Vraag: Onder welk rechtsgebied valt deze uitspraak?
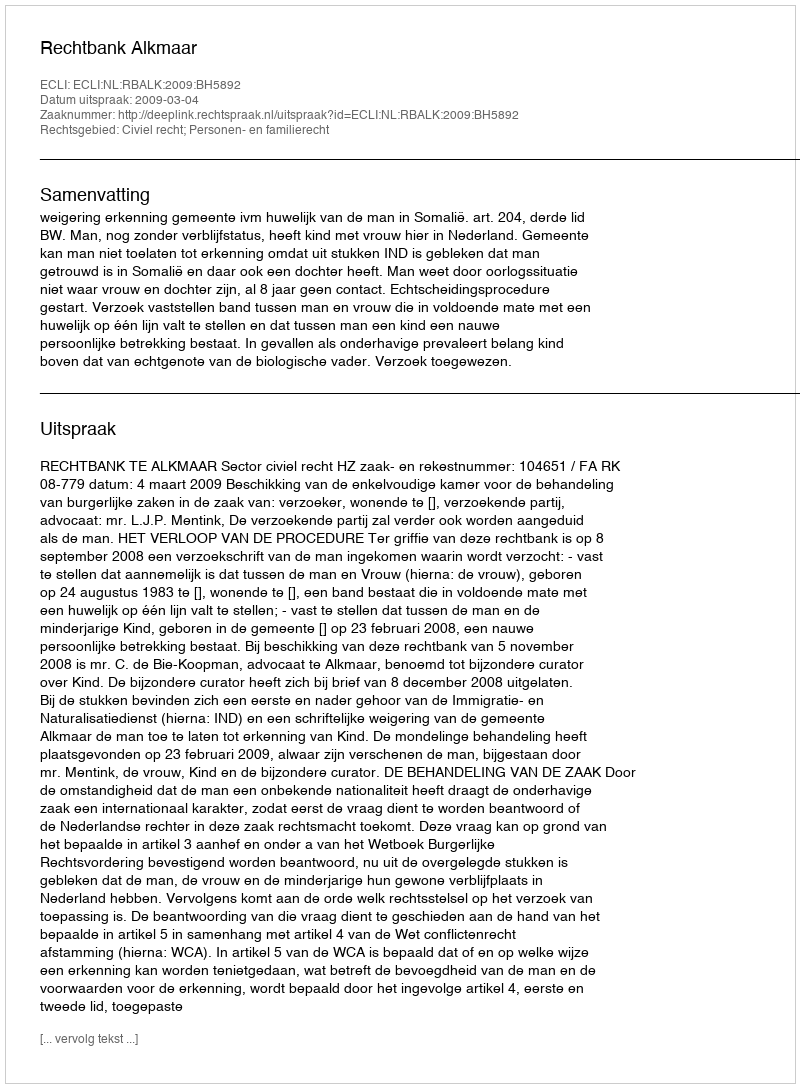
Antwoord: Civiel recht; Personen- en familierecht